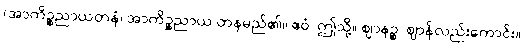
(အာကိဉ္စညာယတနံ၊ အာကိဉ္စညာယ တနမည်၏။ ဧဝံ၊ ဤသို့။ ဈာနဉ္စ၊ ဈာန်လည်းကောင်း။